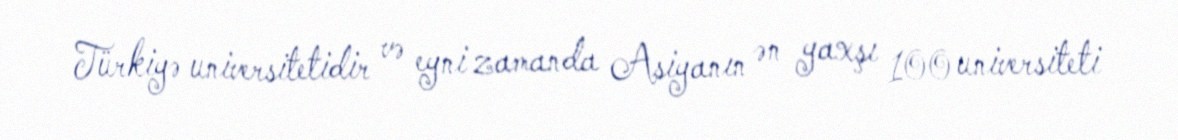
Türkiyə universitetidir və eyni zamanda Asiyanın ən yaxşı 100 universiteti